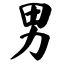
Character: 男